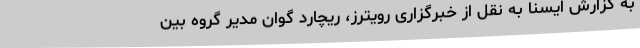
به گزارش ایسنا به نقل از خبرگزاری رویترز، ریچارد گوان مدیر گروه بین